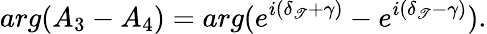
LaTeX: arg(A_{3}-A_{4})=arg(e^{i(\delta_{\mathscr{T}}+\gamma)}-e^{i(\delta_{\mathscr{T}}-\gamma)}).